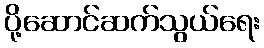
ပို့ဆောင်ဆက်သွယ်ရေး